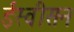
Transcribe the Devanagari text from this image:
ईस्वीसन